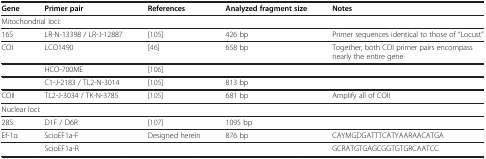
| Gene | Primer pair | References | Analyzed fragment size | Notes |
 | --- | --- | --- | --- | --- |
 | <COLSPAN=5> Mitochondrial loci: |
 | 16S | LR-N-13398 / LR-J-12887 | [105] | 426 bp | Primer sequences identical to those of “Locust” |
 | COI | LCO1490 | [46] | 658 bp | Together, both COI primer pairs encompass nearly the entire gene |
 |  | HCO-700ME | [106] |  |  |
 |  | C1-J-2183 / TL2-N-3014 | [105] | 813 bp |  |
 | COII | TL2-J-3034 / TK-N-3785 | [105] | 681 bp | Amplify all of COII |
 | <COLSPAN=5> Nuclear loci: |
 | 28S | D1F / D6R | [107] | 1095 bp |  |
 | Ef-1α | ScioEF1a-F | Designed herein | 876 bp | CAYMGDGATTTCATYAARAACATGA |
 |  | ScioEF1a-R |  |  | GCRATGTGAGCGGTGTGRCAATCC |